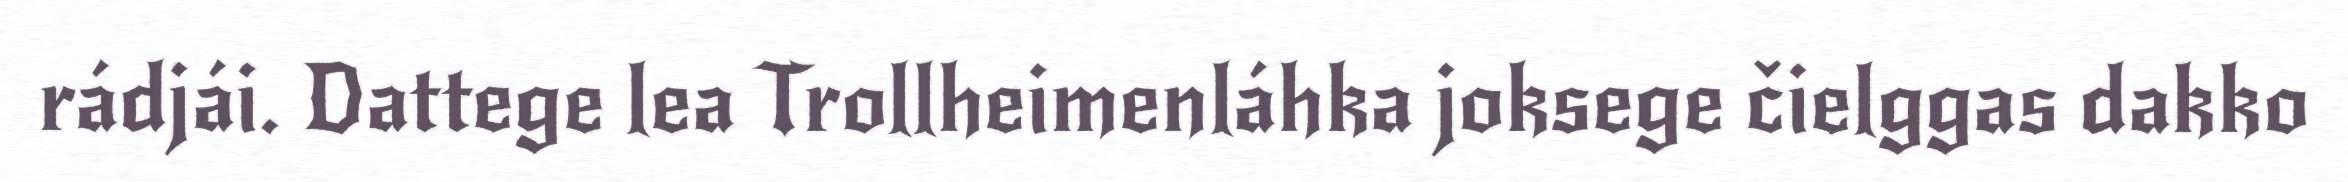
rádjái. Dattege lea Trollheimenláhka joksege čielggas dakko